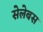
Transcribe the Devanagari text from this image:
सेलेबस